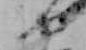
や